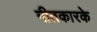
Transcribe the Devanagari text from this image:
गीतकारके